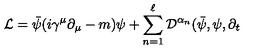
\mathcal { L } = \bar { \psi } ( i \gamma ^ { \mu } \partial _ { \mu } - m ) \psi + \sum _ { n = 1 } ^ { \ell } \mathcal { D } ^ { \alpha _ { n } } ( \bar { \psi } , \psi , \partial _ { t }